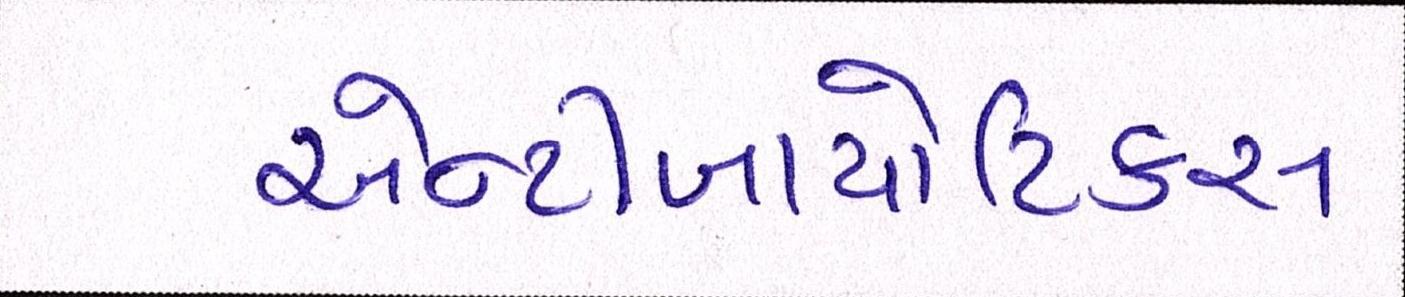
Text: એન્ટીબાયોટિકસ